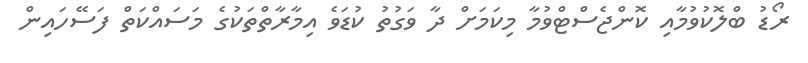
ރޯޑު ބްލޮކުވުމާއި ކޮންޖެސްޓްވުމާ މިކަމަށް ދާ ވަގުތު ކުޑަވެ އިމާރާތްތަކުގެ މަސައްކަތް ފަސޭހައިން